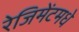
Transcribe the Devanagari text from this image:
रेजिमेंटमधे